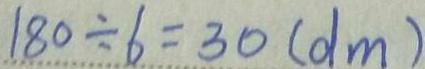
1 8 0 \div 6 = 3 0 ( d m )